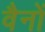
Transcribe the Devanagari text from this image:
वैनों